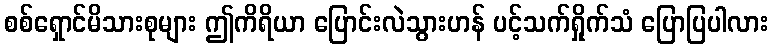
စစ်ရှောင်မိသားစုများ ဤကိရိယာ ပြောင်းလဲသွားဟန် ပင့်သက်ရှိုက်သံ ပြောပြပါလား